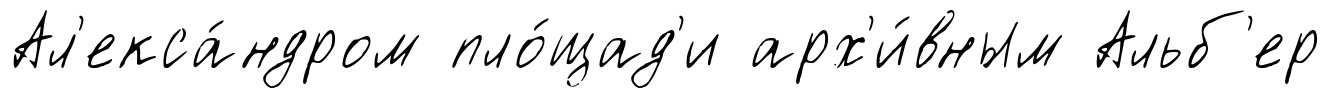
Ал'екса́ндром пло́щад'и арх'и́вным Альб'ер